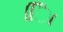
િિા